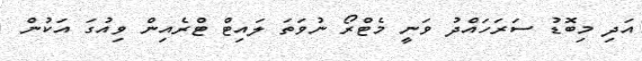
އަދި މިބޮޑު ސަރަހައްދު ވަނީ މެޓްރޯ ނުވަތަ ލައިޓް ޓްރެއިން ވިއުގަ އަކުން